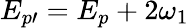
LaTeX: E_{p\prime}=E_{p}+2\omega_{1}